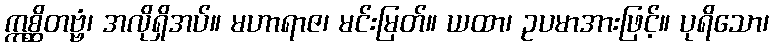
ဣစ္ဆိတဗ္ဗံ၊ အလိုရှိအပ်။ မဟာရာဇ၊ မင်းမြတ်။ ယထာ၊ ဥပမာအားဖြင့်။ ပုရိသော၊